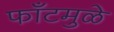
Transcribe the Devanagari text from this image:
फाँटमुळे